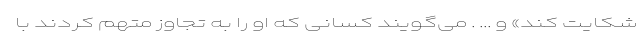
شکایت کند» و ... . می‌گویند کسانی که او را به تجاوز متهم کردند با